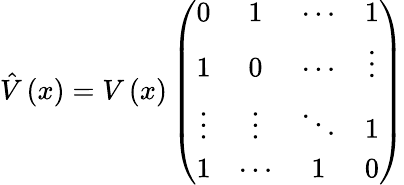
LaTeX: \hat{V}\left(x\right)=V\left(x\right)\left(\begin{array}{cccc}{{0}}&{{1}}&{{\cdots}}&{{1}}\\ {{1}}&{{0}}&{{\cdots}}&{{\vdots}}\\ {{\vdots}}&{{\vdots}}&{{\ddots}}&{{1}}\\ {{1}}&{{\cdots}}&{{1}}&{{0}}\end{array}\right)